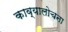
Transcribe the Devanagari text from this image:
काव्यालोचना